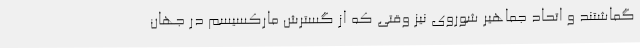
گماشتند و اتحاد جماهیر شوروی نیز وقتی که از گسترش مارکسیسم در جهان